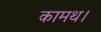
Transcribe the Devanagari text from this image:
कामथ।